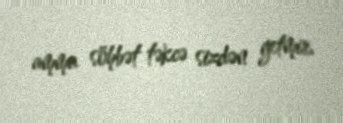
amma söhbət təkcə sizdən getmir.